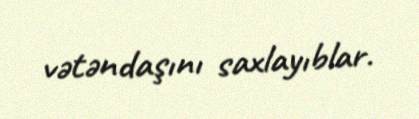
vətəndaşını saxlayıblar.